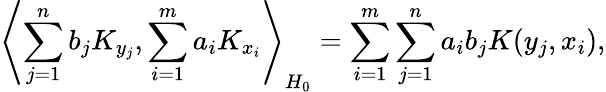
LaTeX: \left\langle\sum_{j=1}^{n}b_{j}K_{y_{j}},\sum_{i=1}^{m}a_{i}K_{x_{i}}\right\rangle_{H_{0}}=\sum_{i=1}^{m}\sum_{j=1}^{n}{a_{i}}b_{j}K(y_{j},x_{i}),